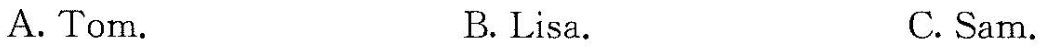
A.Tom. B.Lisa. C.Sam.